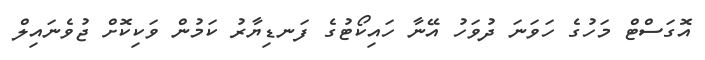
އޮގަސްޓް މަހުގެ ހަވަނަ ދުވަހު އޭނާ ހައިކޯޓުގެ ފަނޑިޔާރު ކަމުން ވަކިކޮށް ޖުވެނައިލް